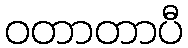
ဝတာတာပီ